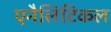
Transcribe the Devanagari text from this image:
एनैलिटिकल